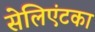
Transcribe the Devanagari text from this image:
सेलिएंटका